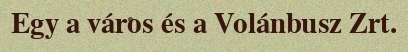
Egy a város és a Volánbusz Zrt.